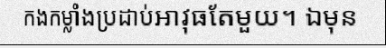
កងកម្លាំងប្រដាប់អាវុធតែមួយ។ ឯមុន